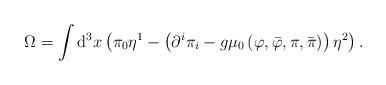
\begin{align*}\Omega =\int \mathrm{d}^{3}x\left( \pi _{0}\eta ^{1}-\left( \partial ^{i}\pi_{i}-g\mu _{0}\left( \varphi ,\bar{\varphi},\pi ,\bar{\pi}\right) \right)\eta ^{2}\right) . \end{align*}